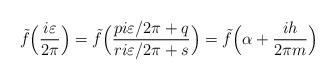
LaTeX: \begin{align*} \tilde{f}\Bigl( \frac{i \varepsilon}{2 \pi} \Bigr) = \tilde{f}\Bigl( \frac{p i \varepsilon/2\pi + q}{ri\varepsilon/2\pi + s} \Bigr) =\tilde{f}\Bigl(\alpha + \frac{i h}{2 \pi m} \Bigr) \end{align*}